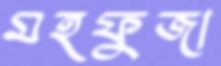
মহফুজা